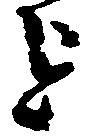
を